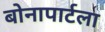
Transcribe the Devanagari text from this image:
बोनापार्टला